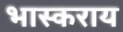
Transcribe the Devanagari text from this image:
भास्कराय